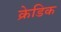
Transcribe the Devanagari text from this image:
क्रेडिक